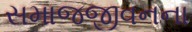
સમાજજીવનના